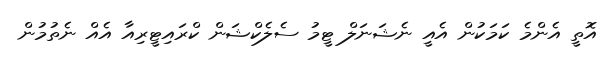
އޮތީ އެންމެ ކަމަކުން އެއީ ނެޝަނަލް ޓީމު ސެލެކްޝަން ކްރައިޓީރިއާ އެއް ނެތުމުން